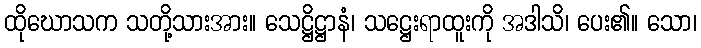
ထိုဃောသက သတို့သားအား။ သေဋ္ဌိဋ္ဌာနံ၊ သဋ္ဌေးရာထူးကို အဒါသိ၊ ပေး၏။ သော၊